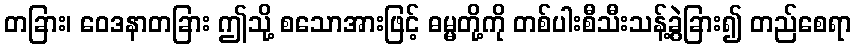
တခြား၊ ဝေဒနာတခြား ဤသို့ စသောအားဖြင့် ဓမ္မတို့ကို တစ်ပါးစီသီးသန့်ခွဲခြား၍ တည်စေရာ